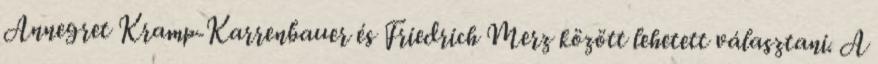
Annegret Kramp-Karrenbauer és Friedrich Merz között lehetett választani. A